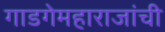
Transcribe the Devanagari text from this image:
गाडगेमहाराजांची